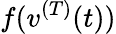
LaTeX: f(v^{(T)}(t))